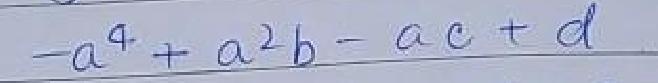
\(-a^{4}+a^{2}b - ac + d\)